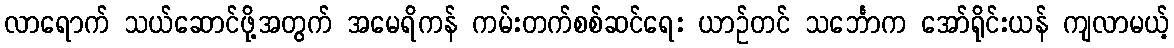
လာရောက် သယ်ဆောင်ဖို့အတွက် အမေရိကန် ကမ်းတက်စစ်ဆင်ရေး ယာဉ်တင် သင်္ဘောက အော်ရိုင်းယန် ကျလာမယ့်